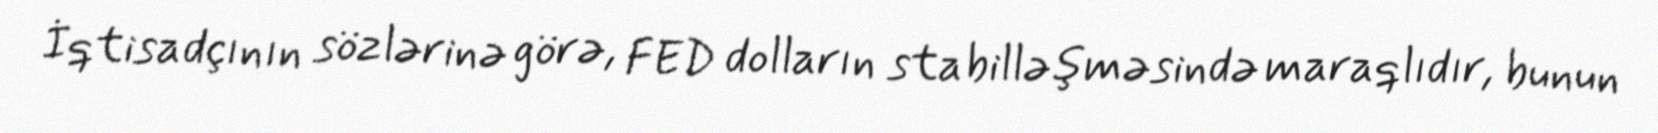
İqtisadçının sözlərinə görə, FED dolların stabilləşməsində maraqlıdır, bunun